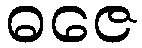
ဓဇေ